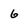
Character: 6